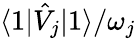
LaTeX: \langle 1|\hat{V}_{j}|1\rangle/\omega_{j}